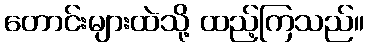
တောင်းများထဲသို့ ထည့်ကြသည်။